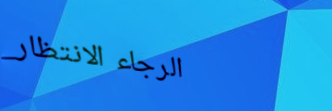
الرجاء الانتظار